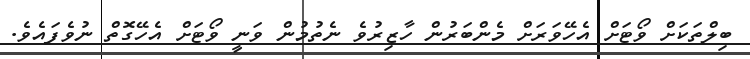
ބިލްތަކަށް ވޯޓަށް އެހޭވަރަށް މެންބަރުން ހާޒިރުވެ ނެތުމުން ވަނީ ވޯޓަށް އެހޭގޮތް ނުވެފައެވެ.